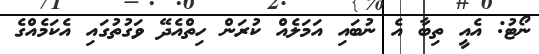
ނޯޓު: އެއީ ތިބާ އެ ނުބައި އަމަލެއް ކުރަން ހިތްއެދޭ ވަގުތުގައި އެކަމެއްގެ